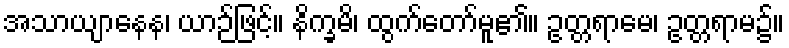
အသာယျာနေန၊ ယာဉ်ဖြင့်။ နိက္ခမိ၊ ထွက်တော်မူ၏။ ဥတ္တရာမေ၊ ဥတ္တရာမ၌။